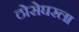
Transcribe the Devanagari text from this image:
ठोसेघरला